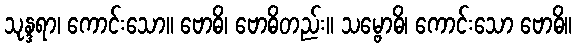
သုန္ဒရာ၊ ကောင်းသော။ ဗောဓိ၊ ဗောဓိတည်း။ သမ္ဗောဓိ၊ ကောင်းသော ဗောဓိ။